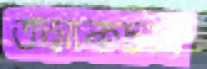
তামাকচাষ